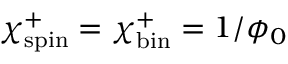
\chi _ { \mathrm { s p i n } } ^ { + } = \chi _ { \mathrm { b i n } } ^ { + } = 1 / \phi _ { 0 }